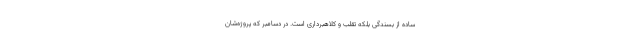
ساده از بسندگی بلکه تقلب و کلاهبرداری است. در دسامبر که پروژه‌شان